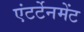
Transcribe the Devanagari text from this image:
एंटर्टेनमेंट